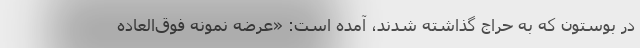
در بوستون که به حراج گذاشته شدند، آمده است: «عرضه نمونه فوق‌العاده